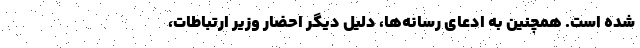
شده است. همچنین به ادعای رسانه‌ها، دلیل دیگر احضار وزیر ارتباطات،